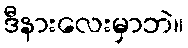
ဒီနားလေးမှာဘဲ။